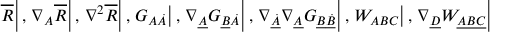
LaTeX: \left. \overline { { { R } } } \right| , \left. \nabla _ { A } \overline { { { R } } } \right| , \left. \nabla ^ { 2 } \overline { { { R } } } \right| , \left. G _ { A \dot { A } } \right| , \left. \nabla _ { \underline { { { A } } } } G _ { \underline { { { B } } } \dot { A } } \right| , \left. \nabla _ { \underline { { { \dot { A } } } } } \nabla _ { \underline { { { A } } } } G _ { \underline { { { B } } } \underline { { { \dot { B } } } } } \right| , \left. W _ { A B C } \right| , \left. \nabla _ { \underline { { { D } } } } W _ { \underline { { { A B C } } } } \right|